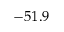
- 5 1 . 9